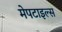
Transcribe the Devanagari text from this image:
मेपटाइल्स